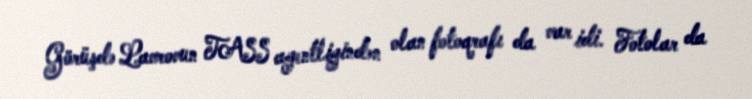
Görüşdə Lavrovun TASS agentliyindən olan fotoqrafı da var idi. Fotolar da